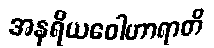
အနရိယဝေါဟာရာတိ